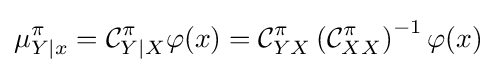
\mu _{Y\mid x}^{\pi }={\mathcal {C}}_{Y\mid X}^{\pi }\varphi (x)={\mathcal {C}}_{YX}^{\pi }\left({\mathcal {C}}_{XX}^{\pi }\right)^{-1}\varphi (x)